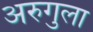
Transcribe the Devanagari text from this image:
अरुगुला